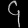
Digit: ၄